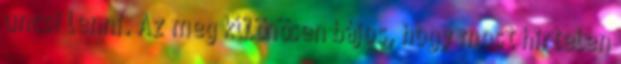
uncsi lenni. Az meg különösen bájos, hogy most hirtelen